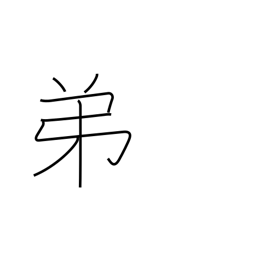
Meaning: younger brother